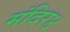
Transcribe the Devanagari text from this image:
मंदिर४